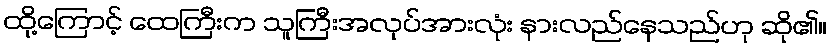
ထို့ကြောင့် ထေကြီးက သူကြီးအလုပ်အားလုံး နားလည်နေသည်ဟု ဆို၏။